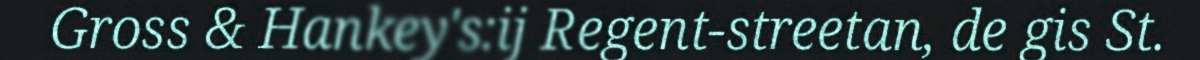
Gross & Hankey's:ij Regent-streetan, de gis St.